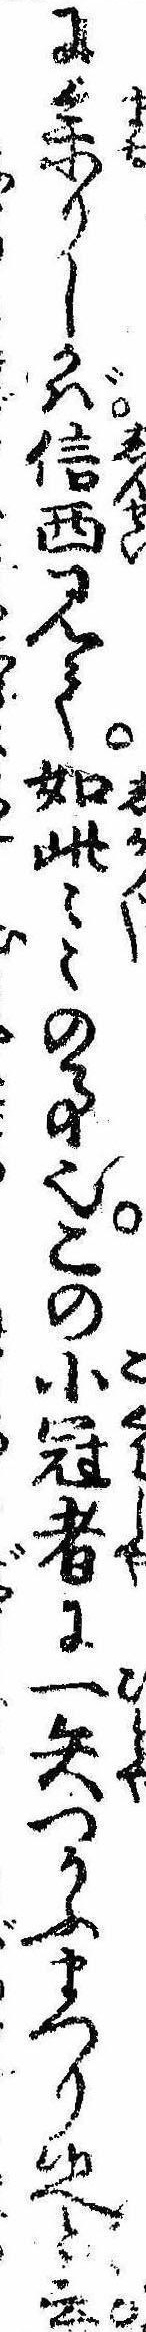
に参りしかば信西見て如此〻〻の事也この小冠者に一矢つかふまつり候へと云